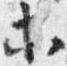
等